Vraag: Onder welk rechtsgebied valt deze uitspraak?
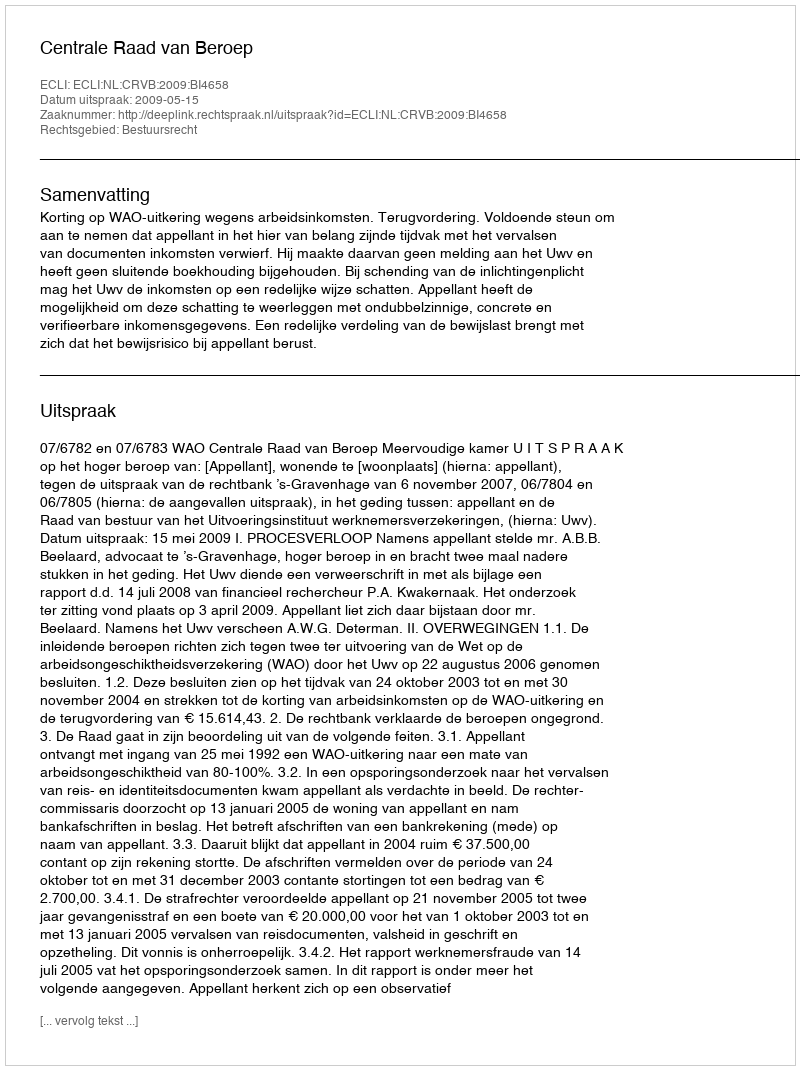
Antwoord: Bestuursrecht